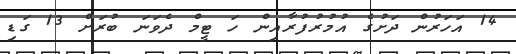
14 އަހަރުން ދަށުގެ އުމުރުފުރާއިން ހަ ޓީމް ދެވަނަ ބުރަށް 13 ގަޑި